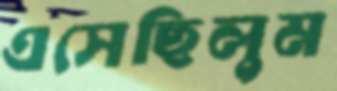
এসেছিলুম